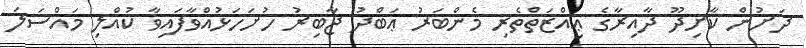
ދަށުން ކާށިދޫ ދާއިރާގެ ޢިއްޒަތްތެރި މެންބަރު ޢަބްދު ޖާބިރު ހުށަހަޅުއްވާފައިވާ ކުއްލި މައްސަލަ